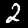
Label: 2